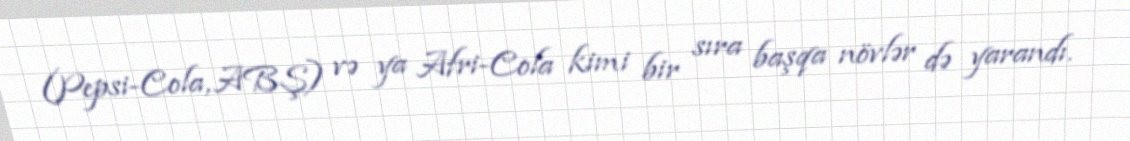
(Pepsi-Cola, ABŞ) və ya Afri-Cola kimi bir sıra başqa növlər də yarandı.